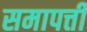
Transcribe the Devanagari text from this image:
समापत्ती